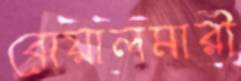
বোয়ালমারী